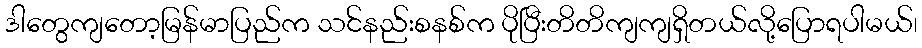
ဒါတွေကျတော့မြန်မာပြည်က သင်နည်းစနစ်က ပိုပြီးတိတိကျကျရှိတယ်လို့ပြောရပါမယ်၊